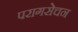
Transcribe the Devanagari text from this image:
परागसेचन